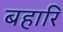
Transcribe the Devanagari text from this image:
बहारि